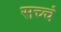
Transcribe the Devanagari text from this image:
सच्चं